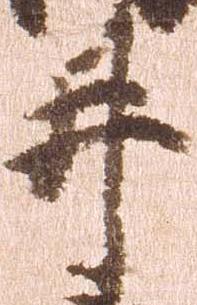
井